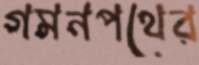
গমনপথের